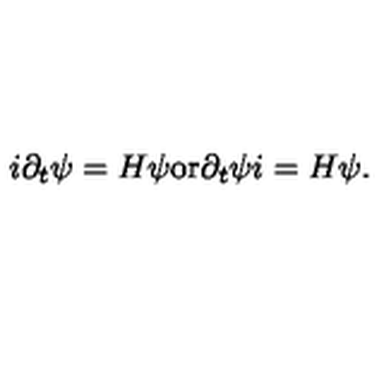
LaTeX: i \partial _ { t } \psi = H \psi \mathrm { o r } \partial _ { t } \psi i = H \psi .